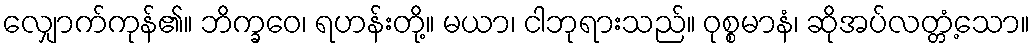
လျှောက်ကုန်၏။ ဘိက္ခဝေ၊ ရဟန်းတို့။ မယာ၊ ငါဘုရားသည်။ ဝုစ္စမာနံ၊ ဆိုအပ်လတ္တံ့သော။